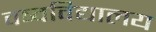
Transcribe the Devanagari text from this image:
वष्वविद्यालय